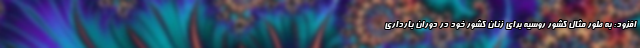
افزود: به طور مثال کشور روسیه برای زنان کشور خود در دوران بارداری